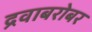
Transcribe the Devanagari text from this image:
द्रवाबरोबर